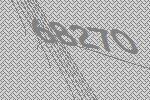
68270